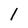
Character: 1